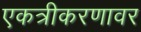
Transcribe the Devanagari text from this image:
एकत्रीकरणावर